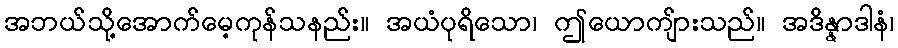
အဘယ်သို့အောက်မေ့ကုန်သနည်း။ အယံပုရိသော၊ ဤယောကျ်ားသည်။ အဒိန္နာဒါနံ၊